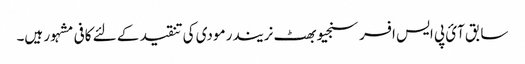
سابق آئ پی ایس افسر سنجیو بھٹ نریندر مودی کی تنقید کے لئے کافی مشہور ہیں۔